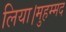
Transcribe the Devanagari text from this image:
लिया।मुहम्मद